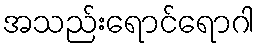
အသည်းရောင်ရောဂါ